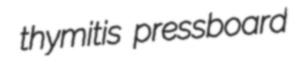
thymitis pressboard